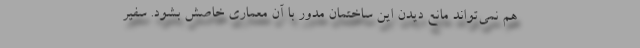
هم نمی‌تواند مانع دیدن این ساختمان مدور با آن معماری خاصش بشود. سفیر